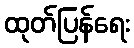
ထုတ်ပြန်ရေး